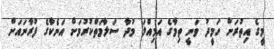
މީގެ އިތުރަށް ހަމީދު ވަނީ ތިމާގެ އަމިއްލަ މުދާ ސަލާމަތްކުރުމަށް އަނެކާގެ ފުރާނައަށް